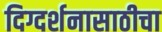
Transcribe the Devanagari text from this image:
दिग्दर्शनासाठीचा